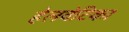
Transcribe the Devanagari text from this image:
हेलवेटिका